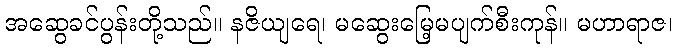
အဆွေခင်ပွန်းတို့သည်။ နဇိယျရေ၊ မဆွေးမြေ့မပျက်စီးကုန်။ မဟာရာဇ၊